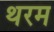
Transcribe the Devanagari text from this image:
थरम